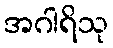
အဂါရိသု